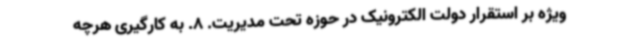
ویژه بر استقرار دولت الکترونیک در حوزه تحت مدیریت. 8. به کارگیری هرچه